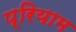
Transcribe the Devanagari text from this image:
प्रियाम